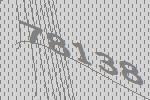
78138